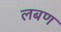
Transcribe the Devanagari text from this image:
लबण